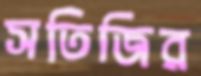
সতিজির